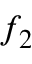
f _ { 2 }